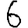
Digit: 6